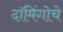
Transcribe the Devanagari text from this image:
दॉमिंगोचे